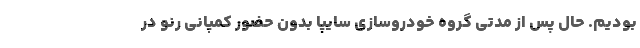
بودیم. حال‌ پس از مدتی گروه خودروسازی سایپا بدون حضور کمپانی رنو در